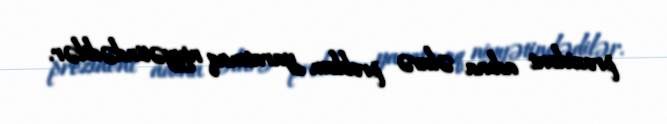
prezident adına əlavə problem yaratmaq niyyətindədilər.